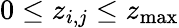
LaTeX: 0\leq z_{i,j}\leq z_{\operatorname*{max}}